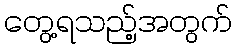
တွေ့ရသည့်အတွက်